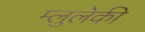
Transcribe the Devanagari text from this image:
म्लुलेकी